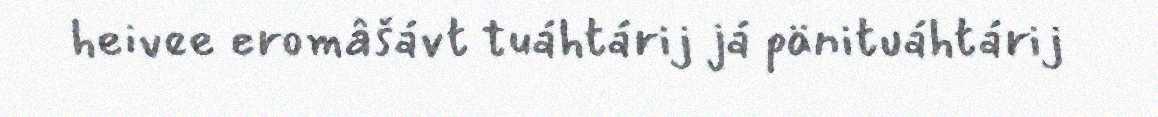
heivee eromâšávt tuáhtárij já pänituáhtárij